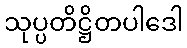
သုပ္ပတိဋ္ဌိတပါဒေါ